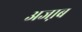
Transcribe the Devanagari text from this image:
अजा़ब